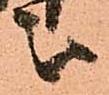
被